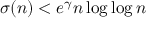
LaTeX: \sigma ( n ) < e ^ { \gamma } n \log \log n